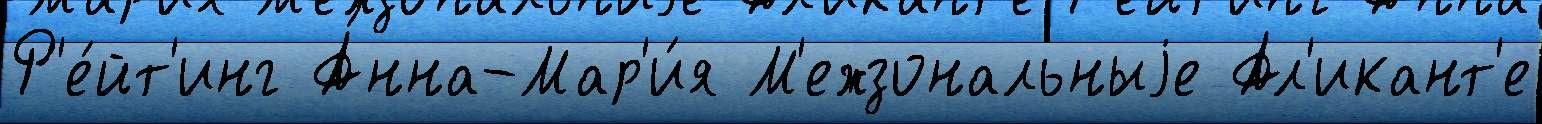
Р'е́йт'инг А́нна-Мар'и́я М'ежзональныjе Ал'икант'е